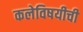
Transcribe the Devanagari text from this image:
कलेविषयीची